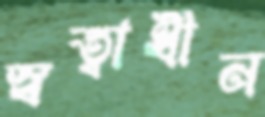
স্বত্বাধীন